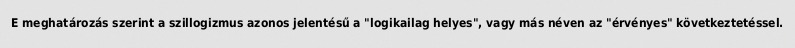
E meghatározás szerint a szillogizmus azonos jelentésű a "logikailag helyes", vagy más néven az "érvényes" következtetéssel.